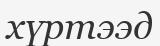
хүртээд